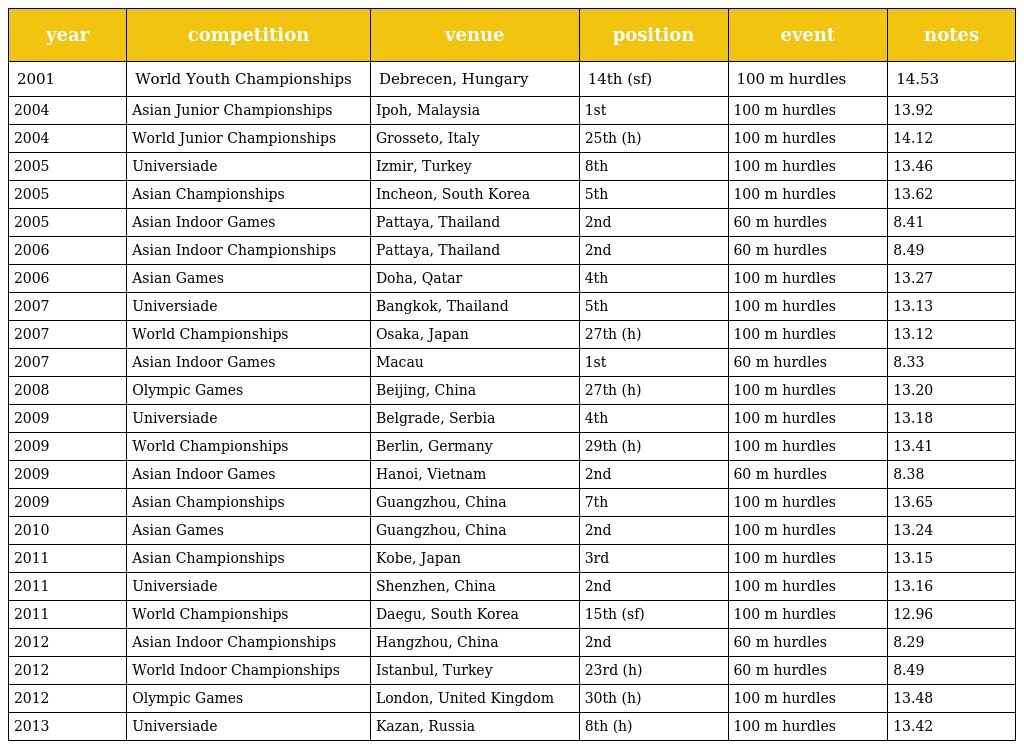
| year | competition | venue | position | event | notes |
 | --- | --- | --- | --- | --- | --- |
 | 2001 | World Youth Championships | Debrecen, Hungary | 14th (sf) | 100 m hurdles | 14.53 |
 | 2004 | Asian Junior Championships | Ipoh, Malaysia | 1st | 100 m hurdles | 13.92 |
 | 2004 | World Junior Championships | Grosseto, Italy | 25th (h) | 100 m hurdles | 14.12 |
 | 2005 | Universiade | Izmir, Turkey | 8th | 100 m hurdles | 13.46 |
 | 2005 | Asian Championships | Incheon, South Korea | 5th | 100 m hurdles | 13.62 |
 | 2005 | Asian Indoor Games | Pattaya, Thailand | 2nd | 60 m hurdles | 8.41 |
 | 2006 | Asian Indoor Championships | Pattaya, Thailand | 2nd | 60 m hurdles | 8.49 |
 | 2006 | Asian Games | Doha, Qatar | 4th | 100 m hurdles | 13.27 |
 | 2007 | Universiade | Bangkok, Thailand | 5th | 100 m hurdles | 13.13 |
 | 2007 | World Championships | Osaka, Japan | 27th (h) | 100 m hurdles | 13.12 |
 | 2007 | Asian Indoor Games | Macau | 1st | 60 m hurdles | 8.33 |
 | 2008 | Olympic Games | Beijing, China | 27th (h) | 100 m hurdles | 13.20 |
 | 2009 | Universiade | Belgrade, Serbia | 4th | 100 m hurdles | 13.18 |
 | 2009 | World Championships | Berlin, Germany | 29th (h) | 100 m hurdles | 13.41 |
 | 2009 | Asian Indoor Games | Hanoi, Vietnam | 2nd | 60 m hurdles | 8.38 |
 | 2009 | Asian Championships | Guangzhou, China | 7th | 100 m hurdles | 13.65 |
 | 2010 | Asian Games | Guangzhou, China | 2nd | 100 m hurdles | 13.24 |
 | 2011 | Asian Championships | Kobe, Japan | 3rd | 100 m hurdles | 13.15 |
 | 2011 | Universiade | Shenzhen, China | 2nd | 100 m hurdles | 13.16 |
 | 2011 | World Championships | Daegu, South Korea | 15th (sf) | 100 m hurdles | 12.96 |
 | 2012 | Asian Indoor Championships | Hangzhou, China | 2nd | 60 m hurdles | 8.29 |
 | 2012 | World Indoor Championships | Istanbul, Turkey | 23rd (h) | 60 m hurdles | 8.49 |
 | 2012 | Olympic Games | London, United Kingdom | 30th (h) | 100 m hurdles | 13.48 |
 | 2013 | Universiade | Kazan, Russia | 8th (h) | 100 m hurdles | 13.42 |